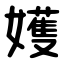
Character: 嬳